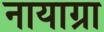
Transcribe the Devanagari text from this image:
नायाग्रा